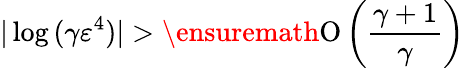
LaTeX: |\log{(\gamma\varepsilon^{4})}|>\ensuremath{\operatorname{O}\left(\frac{\gamma+1}{\gamma}\right)}